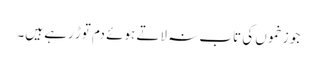
جو زخموں کی تاب نہ لاتے ہوئے دم توڑ رہے ہیں۔